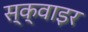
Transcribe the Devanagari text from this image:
स्क्वाइर